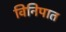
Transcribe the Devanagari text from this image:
विनिपात